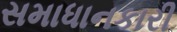
સમાધાનકારી